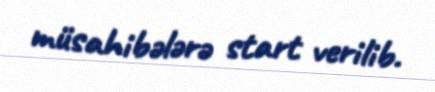
müsahibələrə start verilib.